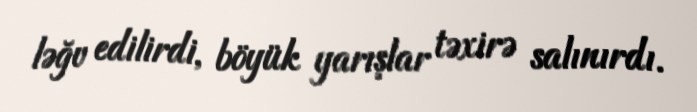
ləğv edilirdi, böyük yarışlar təxirə salınırdı.